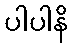
ပါပါနိ